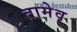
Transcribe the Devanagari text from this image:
तामेव